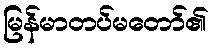
မြန်မာတပ်မတော်၏